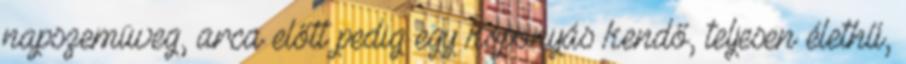
napszemüveg, arca előtt pedig egy koponyás kendő, teljesen élethű,